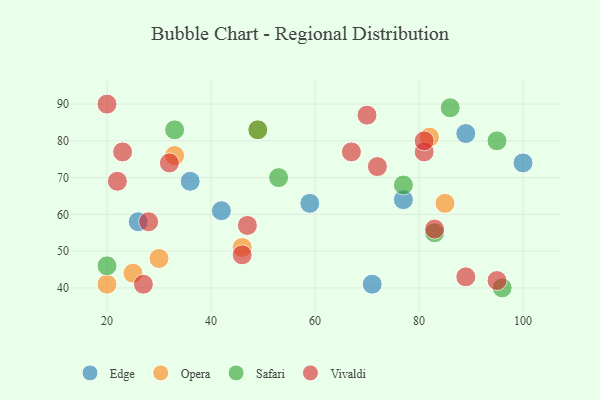
{"axis": {"x": "GDP", "y": "Life Expectancy"}, "legend": ["Edge", "Opera", "Safari", "Vivaldi"], "data": [{"x": "77", "y": 64, "type": "Edge"}, {"x": "71", "y": 41, "type": "Edge"}, {"x": "42", "y": 61, "type": "Edge"}, {"x": "100", "y": 74, "type": "Edge"}, {"x": "59", "y": 63, "type": "Edge"}, {"x": "89", "y": 82, "type": "Edge"}, {"x": "36", "y": 69, "type": "Edge"}, {"x": "26", "y": 58, "type": "Edge"}, {"x": "46", "y": 51, "type": "Opera"}, {"x": "20", "y": 41, "type": "Opera"}, {"x": "30", "y": 48, "type": "Opera"}, {"x": "25", "y": 44, "type": "Opera"}, {"x": "49", "y": 83, "type": "Opera"}, {"x": "82", "y": 81, "type": "Opera"}, {"x": "33", "y": 76, "type": "Opera"}, {"x": "85", "y": 63, "type": "Opera"}, {"x": "77", "y": 68, "type": "Safari"}, {"x": "96", "y": 40, "type": "Safari"}, {"x": "95", "y": 80, "type": "Safari"}, {"x": "49", "y": 83, "type": "Safari"}, {"x": "83", "y": 55, "type": "Safari"}, {"x": "20", "y": 46, "type": "Safari"}, {"x": "53", "y": 70, "type": "Safari"}, {"x": "86", "y": 89, "type": "Safari"}, {"x": "33", "y": 83, "type": "Safari"}, {"x": "23", "y": 77, "type": "Vivaldi"}, {"x": "47", "y": 57, "type": "Vivaldi"}, {"x": "83", "y": 56, "type": "Vivaldi"}, {"x": "95", "y": 42, "type": "Vivaldi"}, {"x": "27", "y": 41, "type": "Vivaldi"}, {"x": "20", "y": 90, "type": "Vivaldi"}, {"x": "89", "y": 43, "type": "Vivaldi"}, {"x": "46", "y": 49, "type": "Vivaldi"}, {"x": "22", "y": 69, "type": "Vivaldi"}, {"x": "81", "y": 77, "type": "Vivaldi"}, {"x": "32", "y": 74, "type": "Vivaldi"}, {"x": "28", "y": 58, "type": "Vivaldi"}, {"x": "81", "y": 80, "type": "Vivaldi"}, {"x": "67", "y": 77, "type": "Vivaldi"}, {"x": "70", "y": 87, "type": "Vivaldi"}, {"x": "72", "y": 73, "type": "Vivaldi"}]}